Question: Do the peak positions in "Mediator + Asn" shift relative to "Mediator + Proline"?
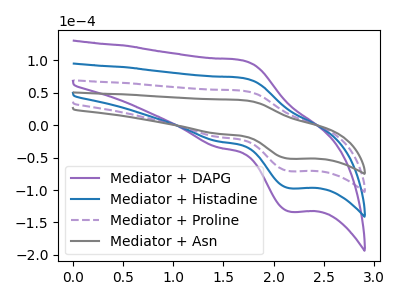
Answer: <think>The purple curve "Mediator + DAPG" has an anodic peak at (1.70V, 160.00uA) and a cathodic peak at (2.15V, -212.80uA). The blue curve "Mediator + Histadine" has an anodic peak at (1.70V, 106.65uA) and a cathodic peak at (2.15V, -141.85uA). The purple dashed curve "Mediator + Proline" has an anodic peak at (1.70V, 53.35uA) and a cathodic peak at (2.15V, -70.95uA). The gray curve "Mediator + Asn" has an anodic peak at (1.70V, 38.90uA) and a cathodic peak at (2.15V, -51.70uA).
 All the peaks in "Mediator + Asn" have a peak in "Mediator + Proline" at the same potential. Every peak in "Mediator + Asn" is lower than every peak in "Mediator + Proline".</think>
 <answer>No, "Mediator + Asn" and "Mediator + Proline" don't appear to be significantly different in shape</answer>
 <eval>no_change</eval>